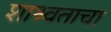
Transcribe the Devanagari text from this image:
शाश्र्वताचा